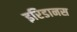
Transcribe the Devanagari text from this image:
इरिडानस